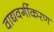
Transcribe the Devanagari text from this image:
वाद्यवर्गीकरण